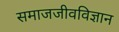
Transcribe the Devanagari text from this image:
समाजजीवविज्ञान